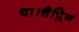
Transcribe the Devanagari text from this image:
था।चैप्लिन